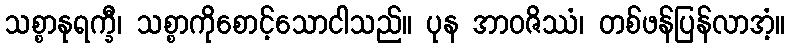
သစ္စာနုရက္ခီ၊ သစ္စာကိုစောင့်သောငါသည်။ ပုန အာဝဇိဿံ၊ တစ်ဖန်ပြန်လာအံ့။